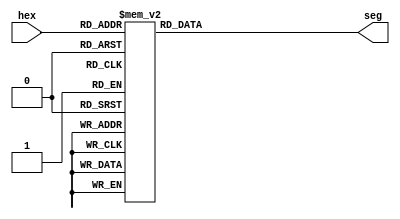
//DECODIFICADOR PARA DISPLAY DE 7 SEGMETENTOS COM ANODO-COMUM
module hex_to_7seg(input [3:0] hex, output reg [6:0] seg);
  
  //anode common
  always @ (*)
    begin
      case (hex)
        4'h0	:	seg = 7'b0000001;
        4'h1	:	seg = 7'b1001111;
        4'h2	:	seg = 7'b0010010;
        4'h3	:	seg = 7'b0000110;
        4'h4	:	seg = 7'b1001100;
        4'h5	:	seg = 7'b0100100;
        4'h6	:	seg = 7'b0100000;
        4'h7	:	seg = 7'b0001111;
        4'h8	:	seg = 7'b0000000;
        4'h9	:	seg = 7'b0000100;
        4'hA	:	seg = 7'b0001000;
        4'hB	:	seg = 7'b1100000;
        4'hC	:	seg = 7'b0110001;
        4'hD	:	seg = 7'b1000010;
        4'hE	: seg = 7'b0110000;
        default	: seg = 7'b0111000;
      endcase
    end
endmodule